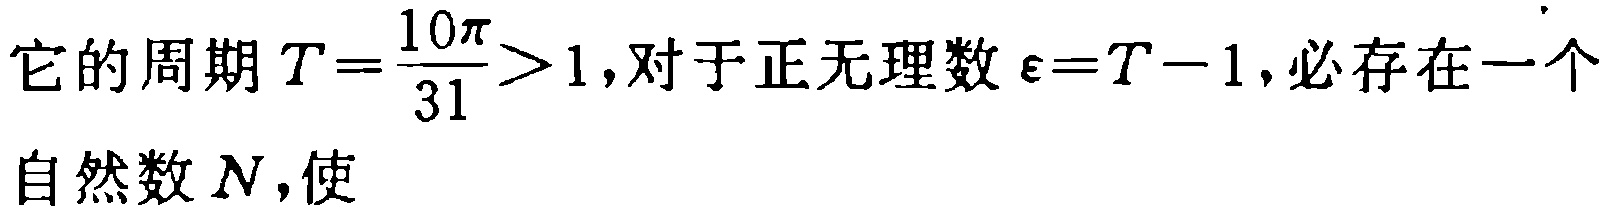
它的周期\(T = \frac{10\pi}{31} > 1\)，对于正无理数\(\varepsilon = T - 1\)，必存在一个
自然数\(N\)，使